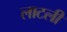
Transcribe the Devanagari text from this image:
लाटली